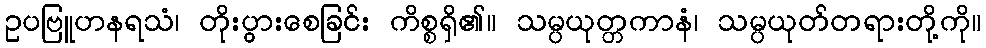
ဥပဗြူဟနရသံ၊ တိုးပွားစေခြင်း ကိစ္စရှိ၏။ သမ္ပယုတ္တကာနံ၊ သမ္ပယုတ်တရားတို့ကို။